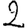
Digit: 2